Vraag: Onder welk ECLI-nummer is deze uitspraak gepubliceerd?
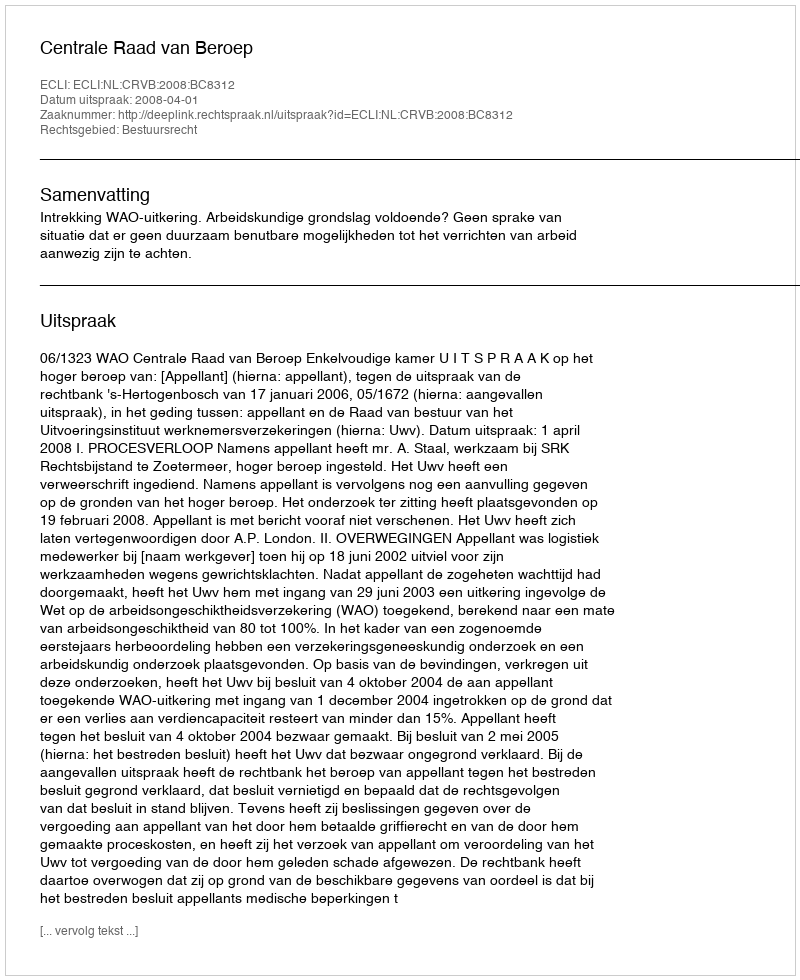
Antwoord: ECLI:NL:CRVB:2008:BC8312